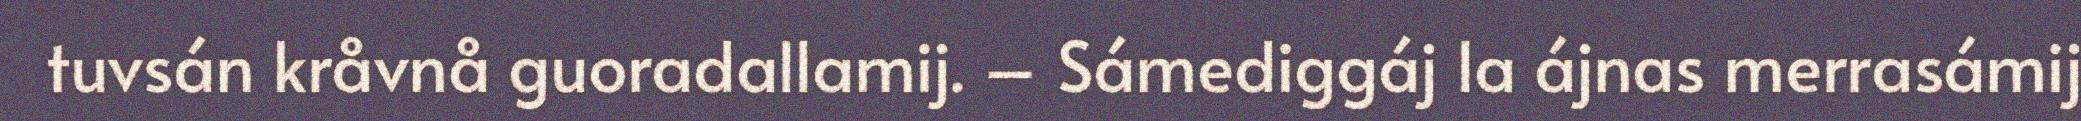
tuvsán kråvnå guoradallamij. – Sámediggáj la ájnas merrasámij